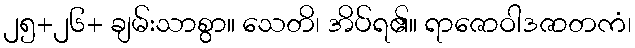
၂၅+၂၆+ ချမ်းသာစွာ။ သေတိ၊ အိပ်ရ၏။ ရာဇောဝါဒဇာတကံ၊